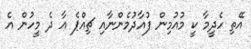
އޭތި ހެދީމާ ކީ މުއުމިން ފުއާދުމެންނާއި ޗިއްޕެ އާ ދެ މީހުން އެ